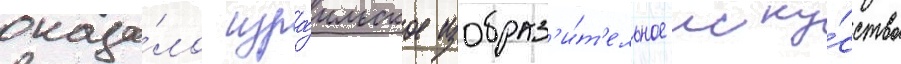
оказа́ло изра́ильское изобраз'и́т'ельное иску́сство